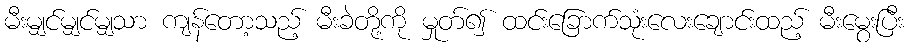
မီးမျှင်မျှင်မျှသာ ကျန်တော့သည့် မီးခဲတို့ကို မှုတ်၍ ထင်းခြောက်သုံးလေးချောင်းထည့် မီးမွေးပြီး